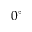
0 ^ { \circ }